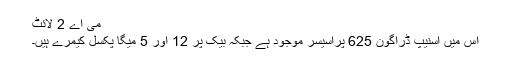
می اے 2 لائٹ
اس میں اسنیپ ڈراگون 625 پراسیسر موجود ہے جبکہ بیک پر 12 اور 5 میگا پکسل کیمرے ہیں۔